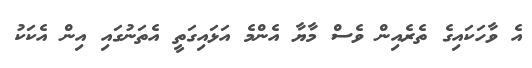
އެ ވާހަކައިގެ ތެރެއިން ވެސް މާޔާ އެންމެ އަޅައިގަތީ އެތަނުގައި އިން އެކަކު